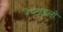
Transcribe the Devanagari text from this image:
रेप्टाइलों